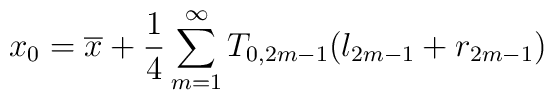
x_{0}=\overline{x}+\frac{1}{4}\sum^{\infty}_{m=1}T_{0,2m-1}(l_{2m-1}+r_{2m-1})